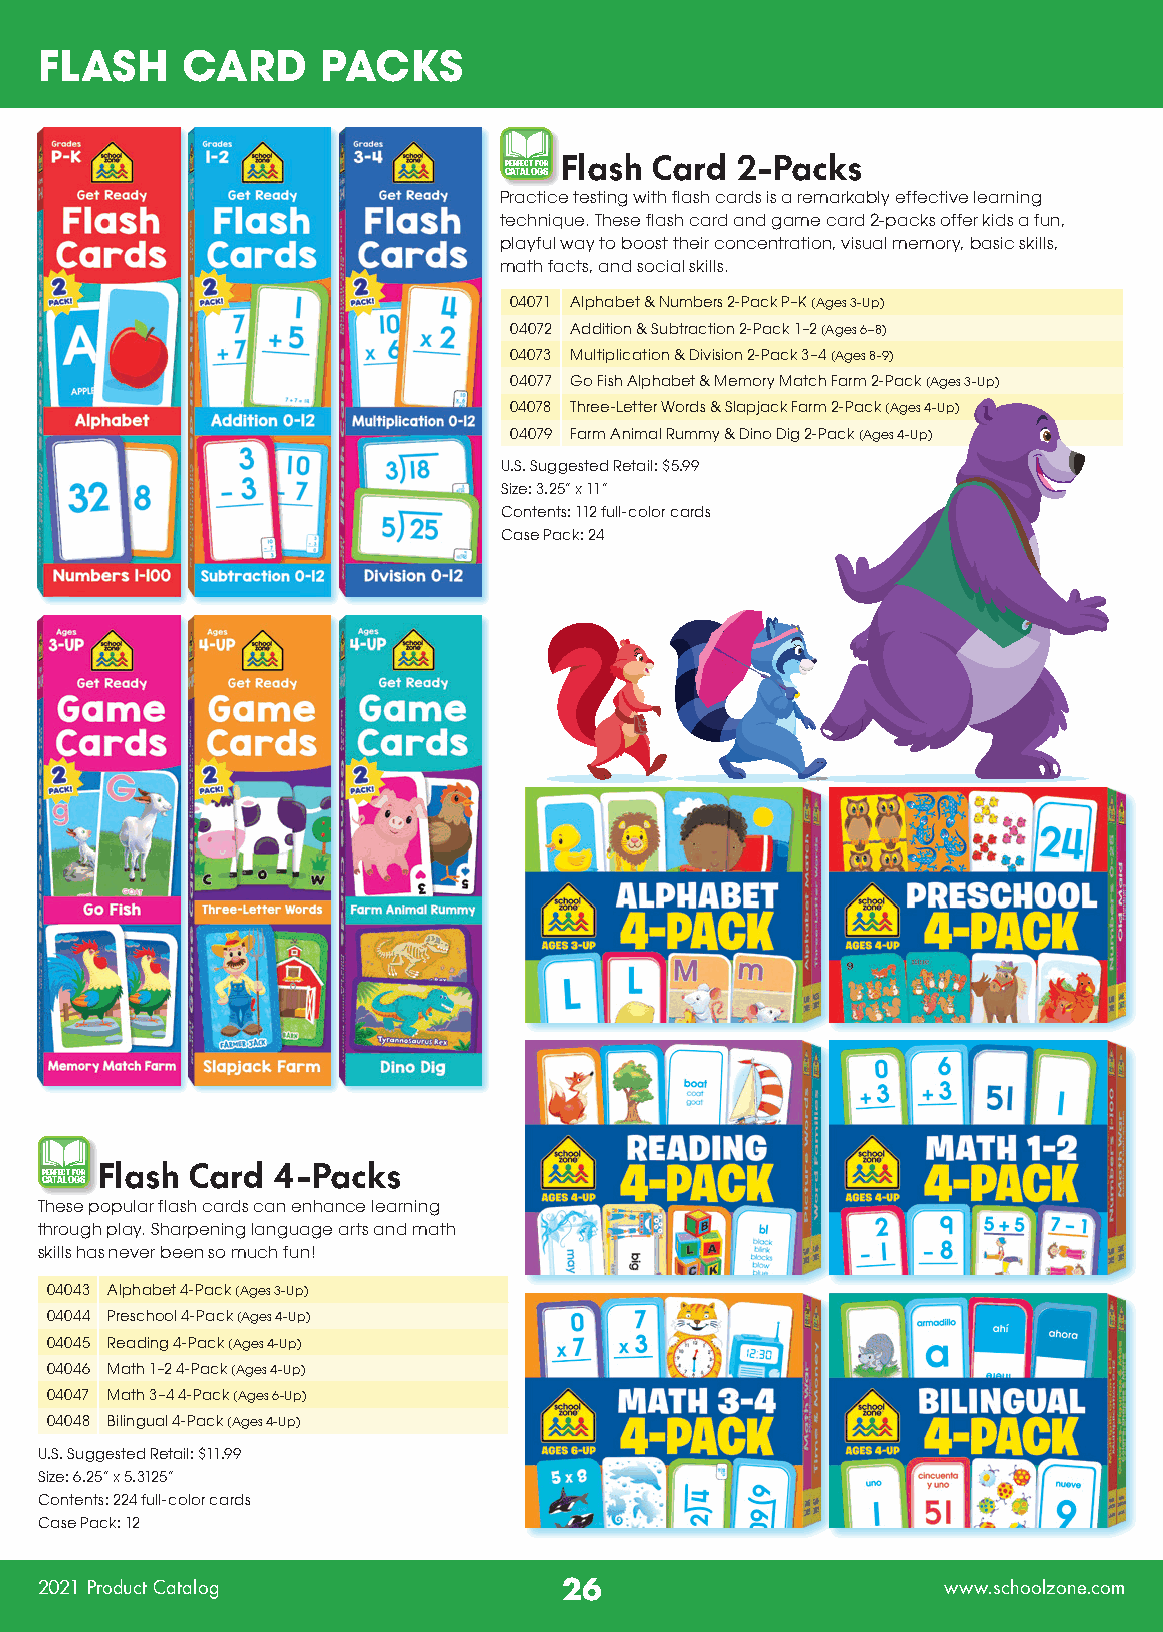
FLASH     CARD     PACKS
 PERFECT FOR Flash Card 2-Packs
 CATALOGS
 Practice testing with flash cards is a remarkably effective learning
 technique. These flash card and game card 2-packs offer kids a fun,
 playful way to boost their concentration, visual memory, basic skills,
 math facts, and social skills.
 04071 Alphabet & Numbers 2-Pack P–K (Ages 3-Up)
 04072 Addition & Subtraction 2-Pack 1–2 (Ages 6–8)
 04073 Multiplication & Division 2-Pack 3–4 (Ages 8-9)
 04077 Go Fish Alphabet & Memory Match Farm 2-Pack (Ages 3-Up)
 04078 Three-Letter Words & Slapjack Farm 2-Pack (Ages 4-Up)
 04079 Farm Animal Rummy & Dino Dig 2-Pack (Ages 4-Up)
 U.S. Suggested Retail: $5.99
 Size: 3.25” x 11”
 Contents: 112 full-color cards
 Case Pack: 24
 PERFECT FOR Flash Card 4-Packs
 CATALOGS
 These popular flash cards can enhance learning
 through play. Sharpening language arts and math
 skills has never been so much fun!
 04043 Alphabet 4-Pack (Ages 3-Up)
 04044 Preschool 4-Pack (Ages 4-Up)
 04045 Reading 4-Pack (Ages 4-Up)
 04046 Math 1–2 4-Pack (Ages 4-Up)
 04047 Math 3–4 4-Pack (Ages 6-Up)
 04048 Bilingual 4-Pack (Ages 4-Up)
 U.S. Suggested Retail: $11.99
 Size: 6.25” x 5.3125”
 Contents: 224 full-color cards
 Case Pack: 12
 2021 Product Catalog               26                        www.schoolzone.com